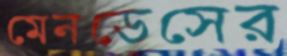
মেনডেসের